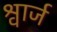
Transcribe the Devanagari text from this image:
श्वार्ज